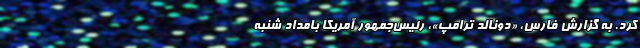
کرد. به گزارش فارس، «دونالد ترامپ»، رئیس‌جمهور آمریکا بامداد شنبه